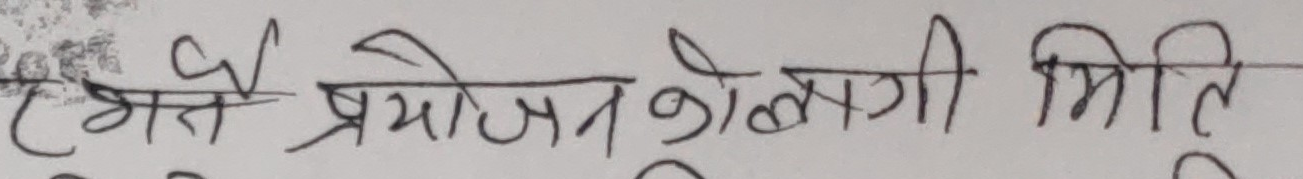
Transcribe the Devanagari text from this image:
हे प्रयोजनको लागी मिति